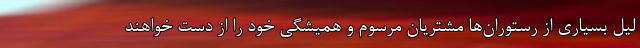
لیل بسیاری از رستوران‌ها مشتریان مرسوم و همیشگی خود را از دست خواهند